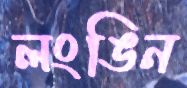
লংঙিন